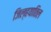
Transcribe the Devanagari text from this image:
जिल्हयातिल